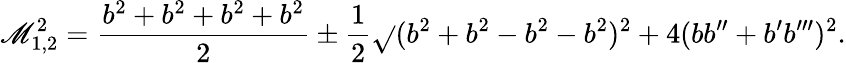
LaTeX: \mathscr{M}_{1,2}^{2}=\frac{{b^{2}+b^{2}+b^{2}+b^{2}}}{{2}}\pm\frac{{1}}{{2}}\sqrt{}{{(b^{2}+b^{2}-b^{2}-b^{2})^{2}+4(bb^{\prime\prime}+b^{\prime}b^{\prime\prime\prime})^{2}}}.